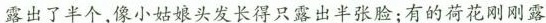
露出了半个，像小姑娘头发长得只露出半张脸；有的荷花刚刚露